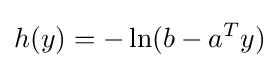
h(y)=-\ln(b-a^{T}y)